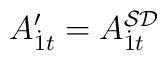
A^{\prime}_{{\dot 1}t}=A^{{\cal SD}}_{{\dot 1}t}